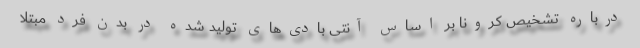
درباره تشخیص کرونا بر اساس آنتی بادی‌های تولید شده در بدن فرد مبتلا